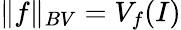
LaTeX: \| f\| _{BV}=V_{f}(I)